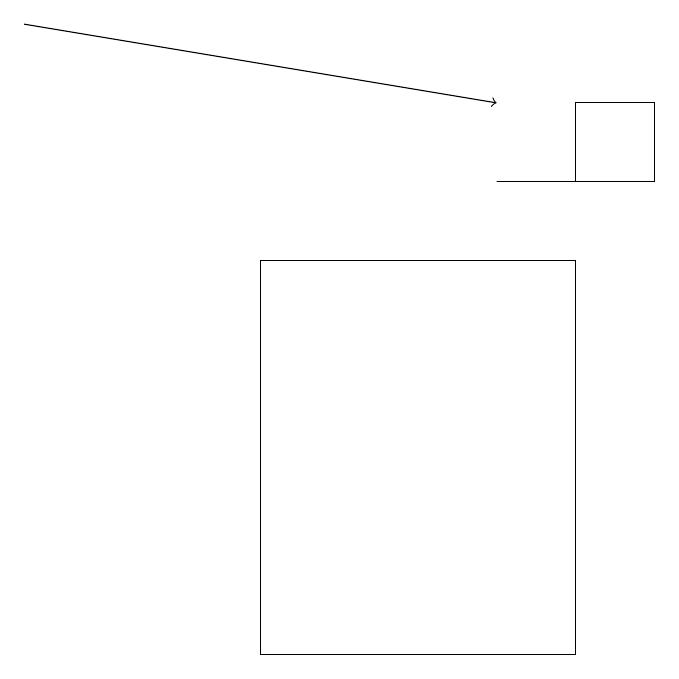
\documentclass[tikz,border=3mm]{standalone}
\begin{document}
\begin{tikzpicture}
\draw (9,16) rectangle (8,17);
\draw[->] (1,18) -- (7,17);
\draw (4,15) rectangle (8,10);
\draw (7,16) rectangle (8,16);
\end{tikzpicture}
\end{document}